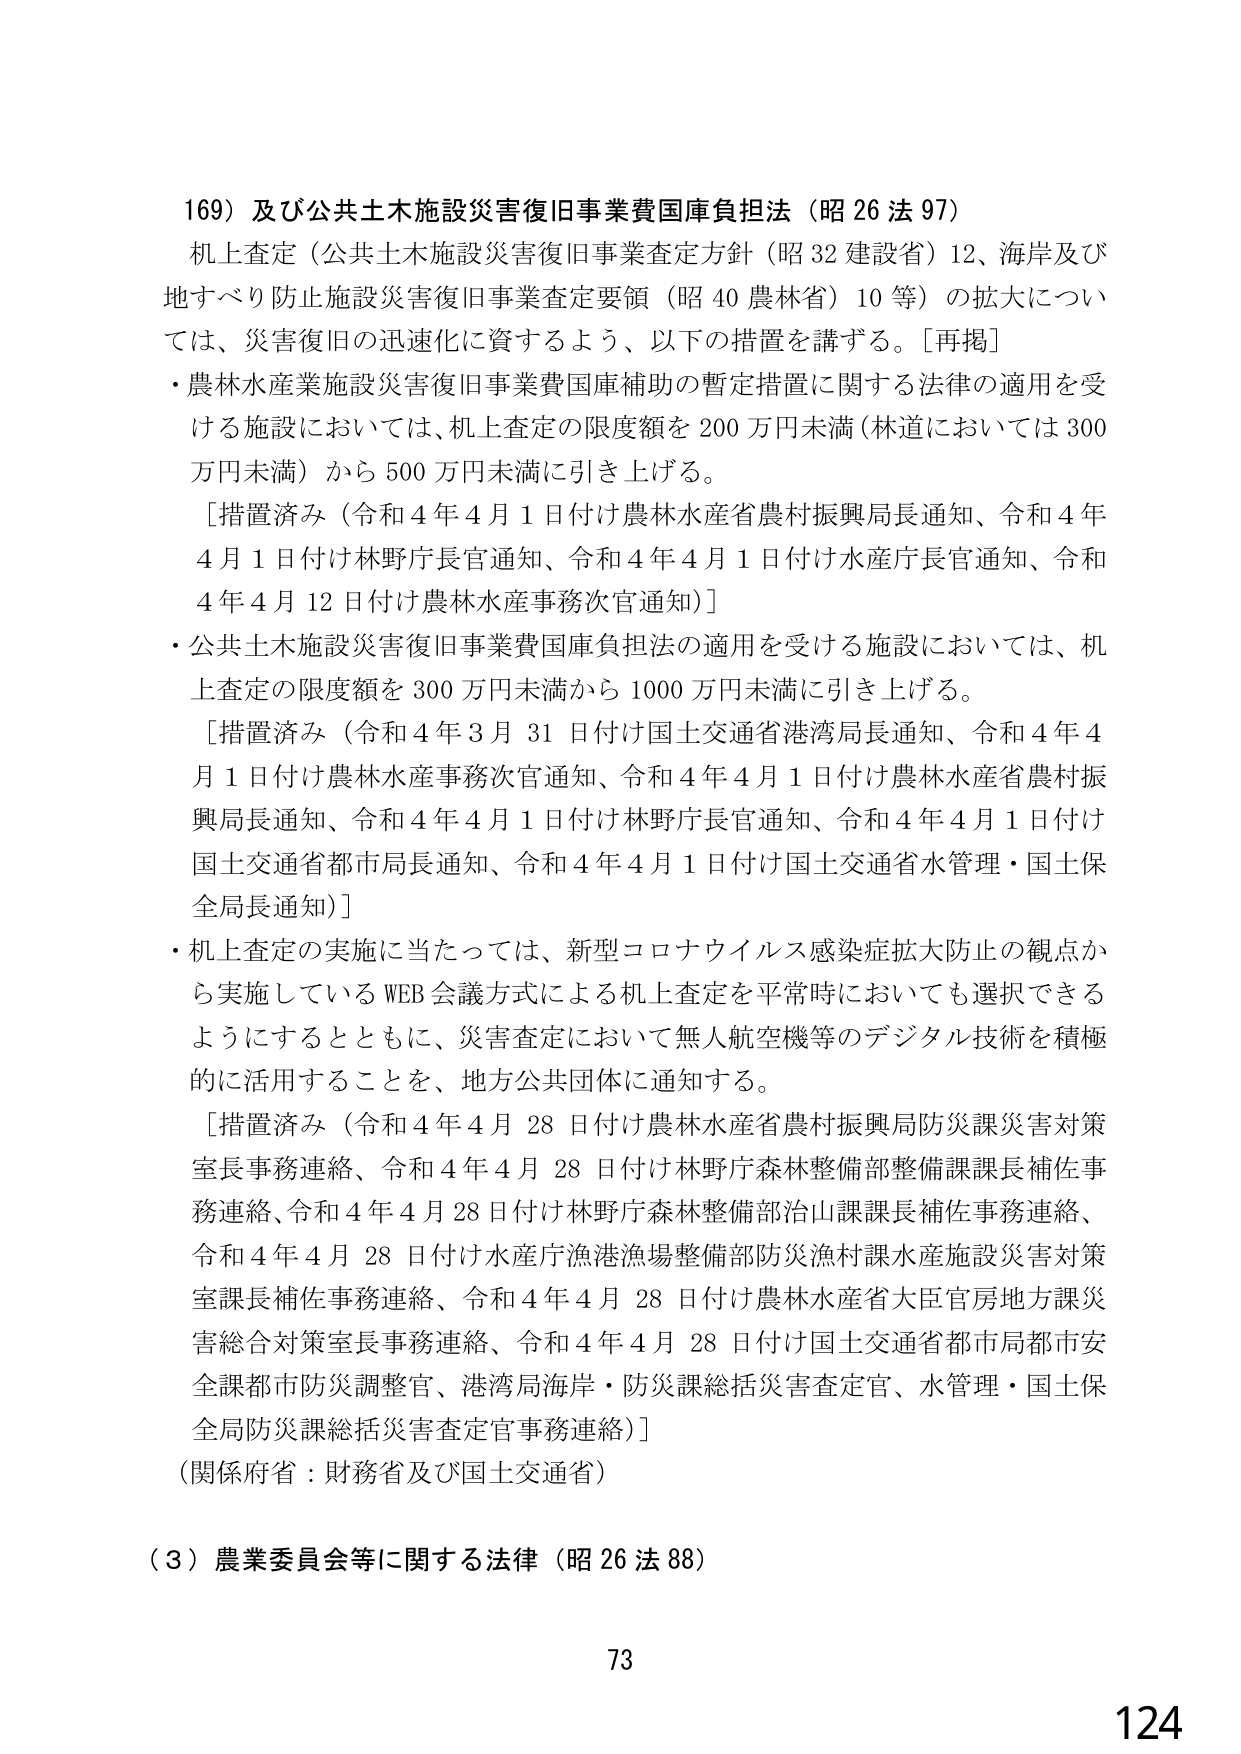
169）及び公共土木施設災害復旧事業費国庫負担法（昭26法97）
机上査定（公共土木施設災害復旧事業査定方針（昭32建設省）12、海岸及び地すべり防止施設災害復旧事業査定要領（昭40農林省）10等）の拡大については、災害復旧の迅速化に資するよう、以下の措置を講ずる。［再掲］
・農林水産業施設災害復旧事業費国庫補助の暫定措置に関する法律の適用を受ける施設においては、机上査定の限度額を200万円未満（林道においては300万円未満）から500万円未満に引き上げる。
［措置済み（令和4年4月1日付け農林水産省農村振興局長通知、令和4年4月1日付け林野庁長官通知、令和4年4月1日付け水産庁長官通知、令和4年4月12日付け農林水産事務次官通知）］
・公共土木施設災害復旧事業費国庫負担法の適用を受ける施設においては、机上査定の限度額を300万円未満から1000万円未満に引き上げる。
［措置済み（令和4年3月31日付け国土交通省港湾局長通知、令和4年4月1日付け農林水産事務次官通知、令和4年4月1日付け農林水産省農村振興局長通知、令和4年4月1日付け林野庁長官通知、令和4年4月1日付け国土交通省都市局長通知、令和4年4月1日付け国土交通省水管理・国土保全局長通知）］
・机上査定の実施に当たっては、新型コロナウイルス感染症拡大防止の観点から実施しているWEB会議方式による机上査定を平常時においても選択できるようにするとともに、災害査定において無人航空機等のデジタル技術を積極的に活用することを、地方公共団体に通知する。
［措置済み（令和4年4月28日付け農林水産省農村振興局防災課災害対策室長事務連絡、令和4年4月28日付け林野庁森林整備部整備課長補佐事務連絡、令和4年4月28日付け林野庁森林整備部治山課課長補佐事務連絡、令和4年4月28日付け水産庁漁港漁場整備部防災漁村課水産施設災害対策室課長補佐事務連絡、令和4年4月28日付け農林水産省大臣官房地方課災害総合対策室長事務連絡、令和4年4月28日付け国土交通省都市局都市安全課都市防災調整官、港湾局海岸・防災課総括災害査定官、水管理・国土保全局防災課総括災害査定官事務連絡）］
（関係府省：財務省及び国土交通省）
（3）農業委員会等に関する法律（昭26法88）
73
124